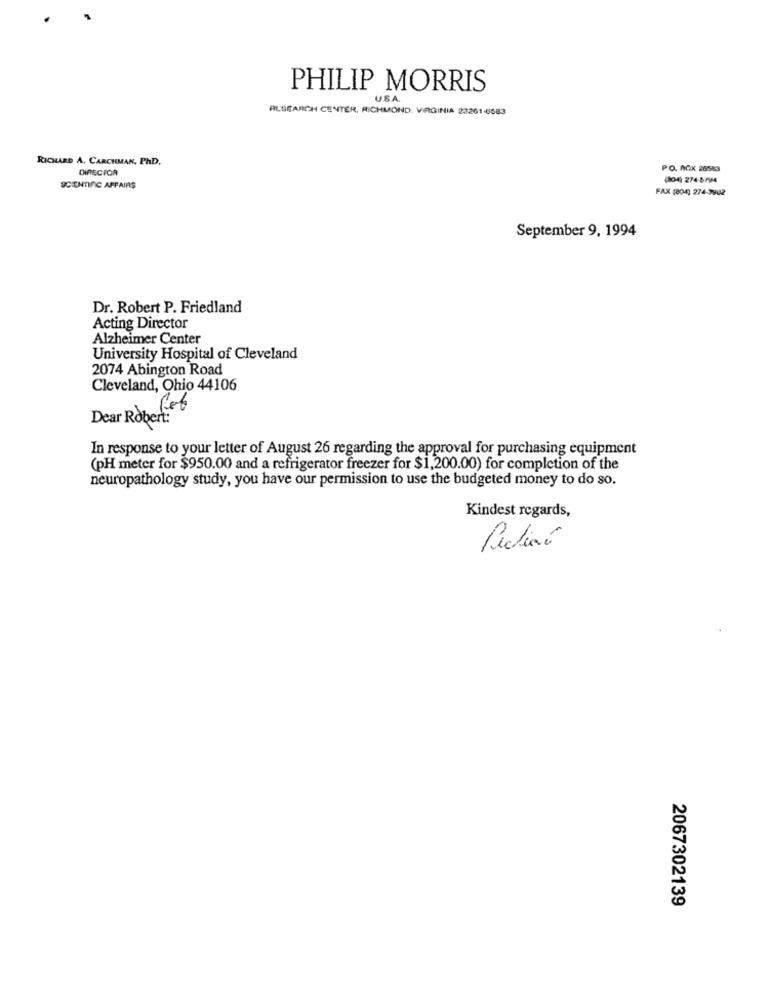
PHILIP MORRIS
U.S.A.
RESEARCH CENTER, RICHMOND, VIRGINIA 23261-4583
RICHARD A. CARCHMAN, PhD.
DIRECTOR
PO. AOK 26583
(06 274-85M4
SCIENTIFIC AFFAIRS
FAX (804) 274-3902
September 9, 1994
Dr. Robert P. Friedland
Acting Director
Alzheimer Center
University Hospital of Cleveland
2074 Abington Road
Cleveland, Ohio 44106
Dear Robert:
In response to your letter of August 26 regarding the approval for purchasing equipment
(PH meter for $950.00 and a refrigerator freezer for $1,200.00) for completion of the
neuropathology study, you have our permission to use the budgeted money to do so.
Kindest regards,
2067302139